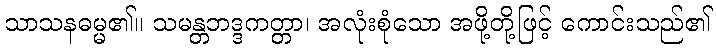
သာသနဓမ္မ၏။ သမန္တဘဒ္ဒကတ္တာ၊ အလုံးစုံသော အဖို့တို့ဖြင့် ကောင်းသည်၏